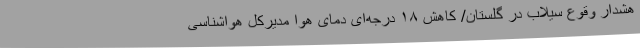
هشدار وقوع سیلاب در گلستان/ کاهش ۱۸ درجه‌ای دمای هوا مدیرکل هواشناسی